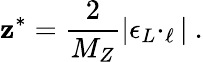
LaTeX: \mathbf{z}^{*}={\frac{{2}}{{M_{Z}}}}|\epsilon_{L}\cdotp_{\ell}|\ .